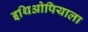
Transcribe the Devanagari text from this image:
इथिओपियाला